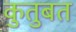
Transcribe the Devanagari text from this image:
कुतुबत